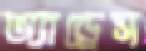
অ্যাড্রেস